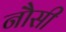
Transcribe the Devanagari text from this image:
नौसी